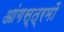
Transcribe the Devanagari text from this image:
आंगस्त्रमों